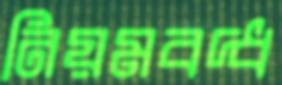
নিয়মবদ্ধ